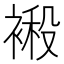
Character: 𮖙